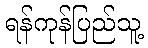
ရန်ကုန်ပြည်သူ့